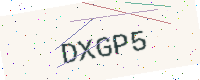
Text: DXGP5